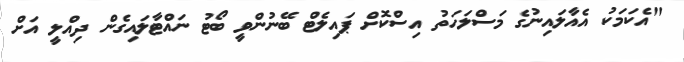
"އެކަމަކު އެއާލައިނުގެ މަސްލަހަތު އިސްކޮށް ޕައިލެޓް ބޭނުންވީ ބޯޓު ނައްޓާލައިގެން ދިއްލީ އަށް